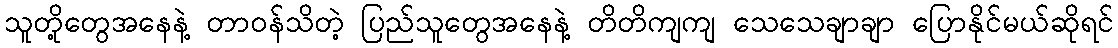
သူတို့တွေအနေနဲ့ တာဝန်သိတဲ့ ပြည်သူတွေအနေနဲ့ တိတိကျကျ သေသေချာချာ ပြောနိုင်မယ်ဆိုရင်